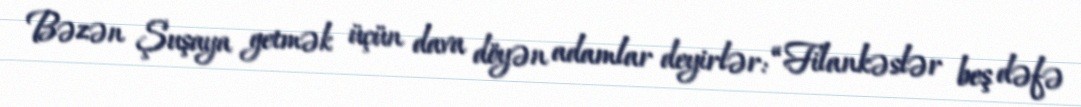
Bəzən Şuşaya getmək üçün dava döyən adamlar deyirlər: “Filankəslər beş dəfə